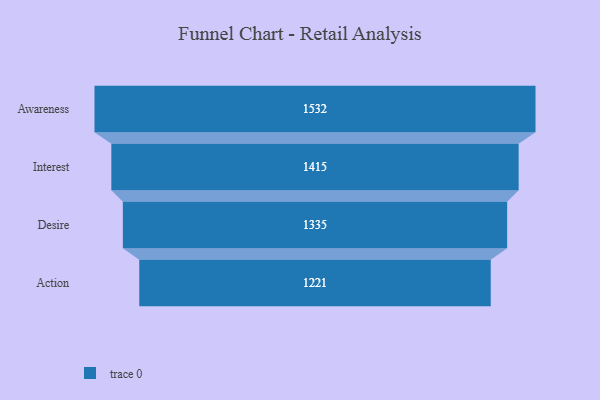
{"axis": {"x": "Stage", "y": "Value"}, "legend": [""], "data": [{"x": "Awareness", "y": 1532.0, "type": ""}, {"x": "Interest", "y": 1415.0, "type": ""}, {"x": "Desire", "y": 1335.0, "type": ""}, {"x": "Action", "y": 1221.0, "type": ""}]}